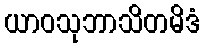
ယာဝသုဘာသိတမိဒံ